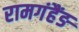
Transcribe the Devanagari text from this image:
रामगंहैंङ